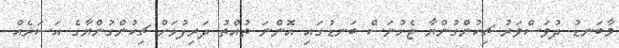
މާބަނޑު ދުވަސްވަރު ޗިކުންގުންޔާ ޖެހުނަސް ބަނޑުގައި އޮންނަ ތުއްތު ދަރިފުޅަށް ޗިކުންގުންޔާގެ އަސަރެއް